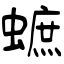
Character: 蟅